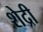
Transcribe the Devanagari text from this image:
शेद्री